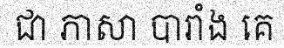
ជា ភាសា បារាំង គេ